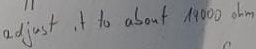
Text: adjust it ti about 19000ohm